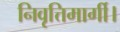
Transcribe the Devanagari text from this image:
निवृत्तिमार्गी।